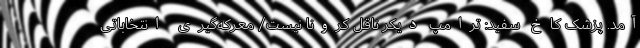
آمد. پزشک کاخ سفید: ترامپ دیکر ناقل کرونا نیست/ معرکه‌گیری انتخاباتی